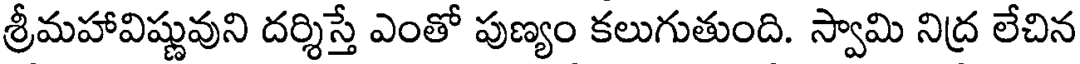
శ్రీమహావిష్ణువుని దర్శిస్తే ఎంతో పుణ్యం కలుగుతుంది. స్వామి నిద్ర లేచిన